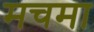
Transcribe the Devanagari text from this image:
मचमा